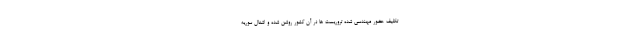
تکلیف حضور مهندسی شده تروریست ها در آن کشور روشن شده و اشغال سوریه